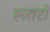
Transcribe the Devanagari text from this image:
ह्ज़ारों